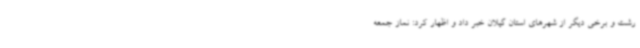
رشت و برخی دیگر از شهرهای استان گیلان خبر داد و اظهار کرد: نماز جمعه